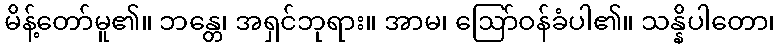
မိန့်တော်မူ၏။ ဘန္တေ၊ အရှင်ဘုရား။ အာမ၊ ဩော်ဝန်ခံပါ၏။ သန္နိပါတော၊